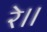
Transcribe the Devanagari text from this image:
रे॥